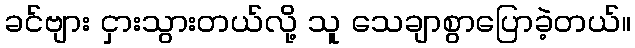
ခင်ဗျား ငှားသွားတယ်လို့ သူ သေချာစွာပြောခဲ့တယ်။